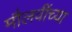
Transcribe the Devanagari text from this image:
मौलवींच्या